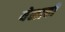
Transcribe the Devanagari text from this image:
येळावी